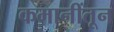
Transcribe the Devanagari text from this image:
कमानींतून